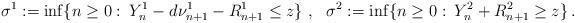
LaTeX: \begin{align*}\sigma^1 := \inf \{n \geq 0 :\: Y^1_n - d \nu^1_{n+1} - R^1_{n+1} \leq z \} \ , \ \ \sigma^2 := \inf \{n \geq 0 :\: Y^2_n + R^2_{n+1} \geq z \} \,.\end{align*}